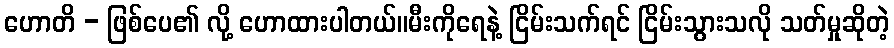
ဟောတိ - ဖြစ်ပေ၏ လို့ ဟောထားပါတယ်။မီးကိုရေနဲ့ ငြိမ်းသက်ရင် ငြိမ်းသွားသလို သတ်မှုဆိုတဲ့